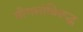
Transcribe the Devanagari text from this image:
मोगलांविरूद्ध